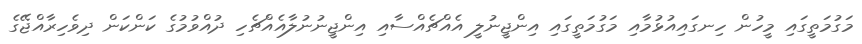
މަގުމަތީގައި މީހުން ހިނގައިއުޅުމާއި މަގުމަތީގައި އިންޖީނުލީ އެއްޗެއްސާއި އިންޖީނުނުލާއެއްޗެހި ދުއްވުމުގެ ކަންކަން ދިވެހިރާއްޖޭގެ